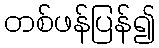
တစ်ဖန်ပြန်၍